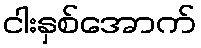
ငါးနှစ်အောက်